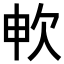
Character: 𣢘